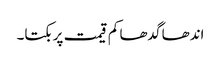
اندھا گدھا کم قیمت پر بکتا۔